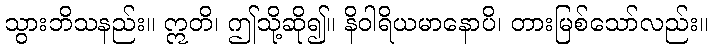
သွားဘိသနည်း။ ဣတိ၊ ဤသို့ဆို၍။ နိဝါရိယမာနောပိ၊ တားမြစ်သော်လည်း။